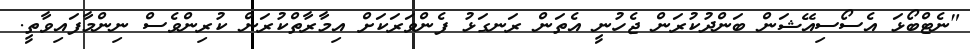
"ނެޓްބޯޅަ އެސޯސިއޭޝަން ބަންދުކުރަން ޖެހުނީ އެތަން ރަނގަޅު ފެންވަރަކަށް އިމާރާތްކުރަން ކުރިންވެސް ނިންމާފައިވާތީ.